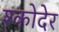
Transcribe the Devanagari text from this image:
श्कोदेर